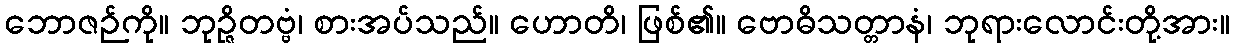
ဘောဇဉ်ကို။ ဘုဉ္ဇိတဗ္ဗံ၊ စားအပ်သည်။ ဟောတိ၊ ဖြစ်၏။ ဗောဓိသတ္တာနံ၊ ဘုရားလောင်းတို့အား။